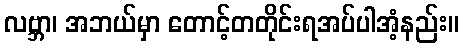
လဗ္ဘာ၊ အဘယ်မှာ တောင့်တတိုင်းရအပ်ပါအံ့နည်း။